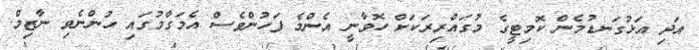
އަދި އަޅުގަނޑުމެން ކޮމިޓީގެ މުގައްރިރަކަށް ހޮވާނީ އެންމެ ފަހުންވެސް އެމަގާމުގައި ހުންނެވި ނާޒިމް.